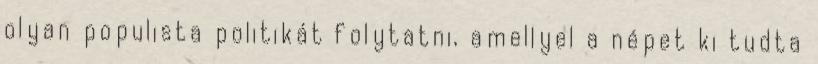
olyan populista politikát folytatni, amellyel a népet ki tudta